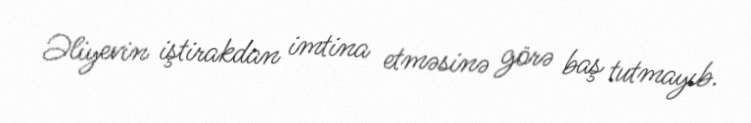
Əliyevin iştirakdan imtina etməsinə görə baş tutmayıb.